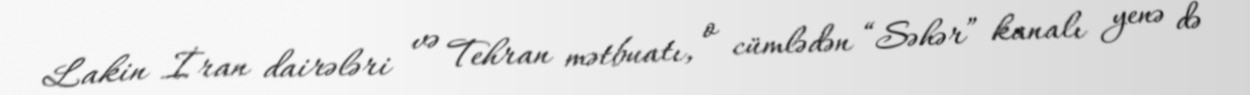
Lakin İran dairələri və Tehran mətbuatı, o cümlədən “Səhər” kanalı yenə də